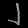
Digit: ၂